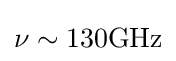
\nu \sim 130{\rm {GHz}}